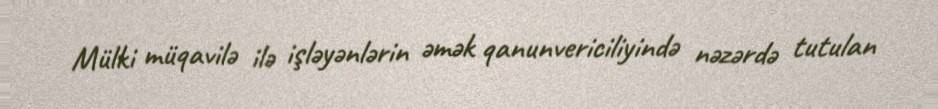
Mülki müqavilə ilə işləyənlərin əmək qanunvericiliyində nəzərdə tutulan